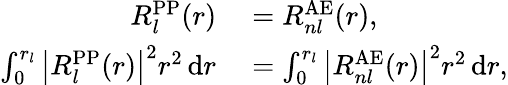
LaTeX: \begin{array}{rl}{R_{l}^{\mathrm{PP}}(r)}&{{}=R_{nl}^{\mathrm{AE}}(r),}\\ {\int_{0}^{r_{l}}{\big|}R_{l}^{\mathrm{PP}}(r){\big|}^{2}r^{2}\, \mathrm{d}r}&{{}=\int_{0}^{r_{l}}{\big|}R_{nl}^{\mathrm{AE}}(r){\big|}^{2}r^{2}\, \mathrm{d}r,}\end{array}